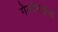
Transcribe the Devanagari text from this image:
गेल्वेनाइज्ड